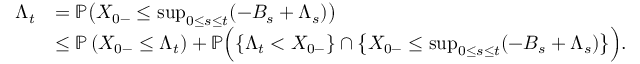
\begin{array} { r l } { \Lambda _ { t } } & { = \mathbb { P } \big ( X _ { 0 - } \le \operatorname* { s u p } _ { 0 \le s \le t } ( - B _ { s } + \Lambda _ { s } ) \big ) } \\ & { \le \mathbb { P } \left( X _ { 0 - } \le \Lambda _ { t } \right) + \mathbb { P } \Big ( \{ \Lambda _ { t } < X _ { 0 - } \} \cap \big \{ X _ { 0 - } \le \operatorname* { s u p } _ { 0 \le s \le t } ( - B _ { s } + \Lambda _ { s } ) \big \} \Big ) . } \end{array}